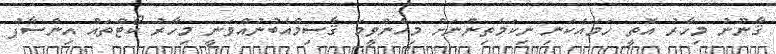
ޤާނޫނު މިހާރު އޮތީ ހަމައެކަނި ނިކަމެތިންނަށް މިހެންވީމަ ޤާސިމްއެބުނުއްވަނީ މިހާރު ކޯޓްތައް އިންސާފު